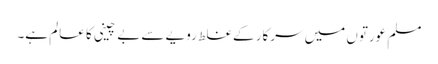
مسلم عورتوں میں سرکار کے غلط رویے سے بے چینی کا عالم ہے۔